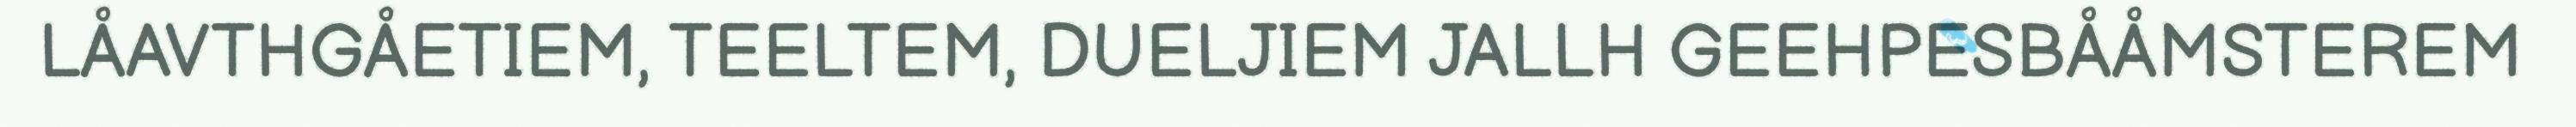
LÅAVTHGÅETIEM, TEELTEM, DUELJIEM JALLH GEEHPESBÅÅMSTEREM